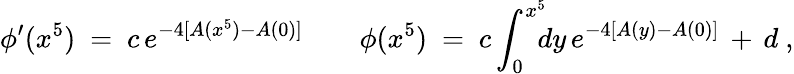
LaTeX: \phi^{\prime}(x^{5})\ =\ c\, e^{-4[A(x^{5})-A(0)]}\qquad\phi(x^{5})\ =\ c\int_{0}^{x^{5}}\! \! \! dy\, e^{-4[A(y)-A(0)]}\, +\, d\ ,